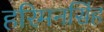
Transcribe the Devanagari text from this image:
हरिमनसिंह